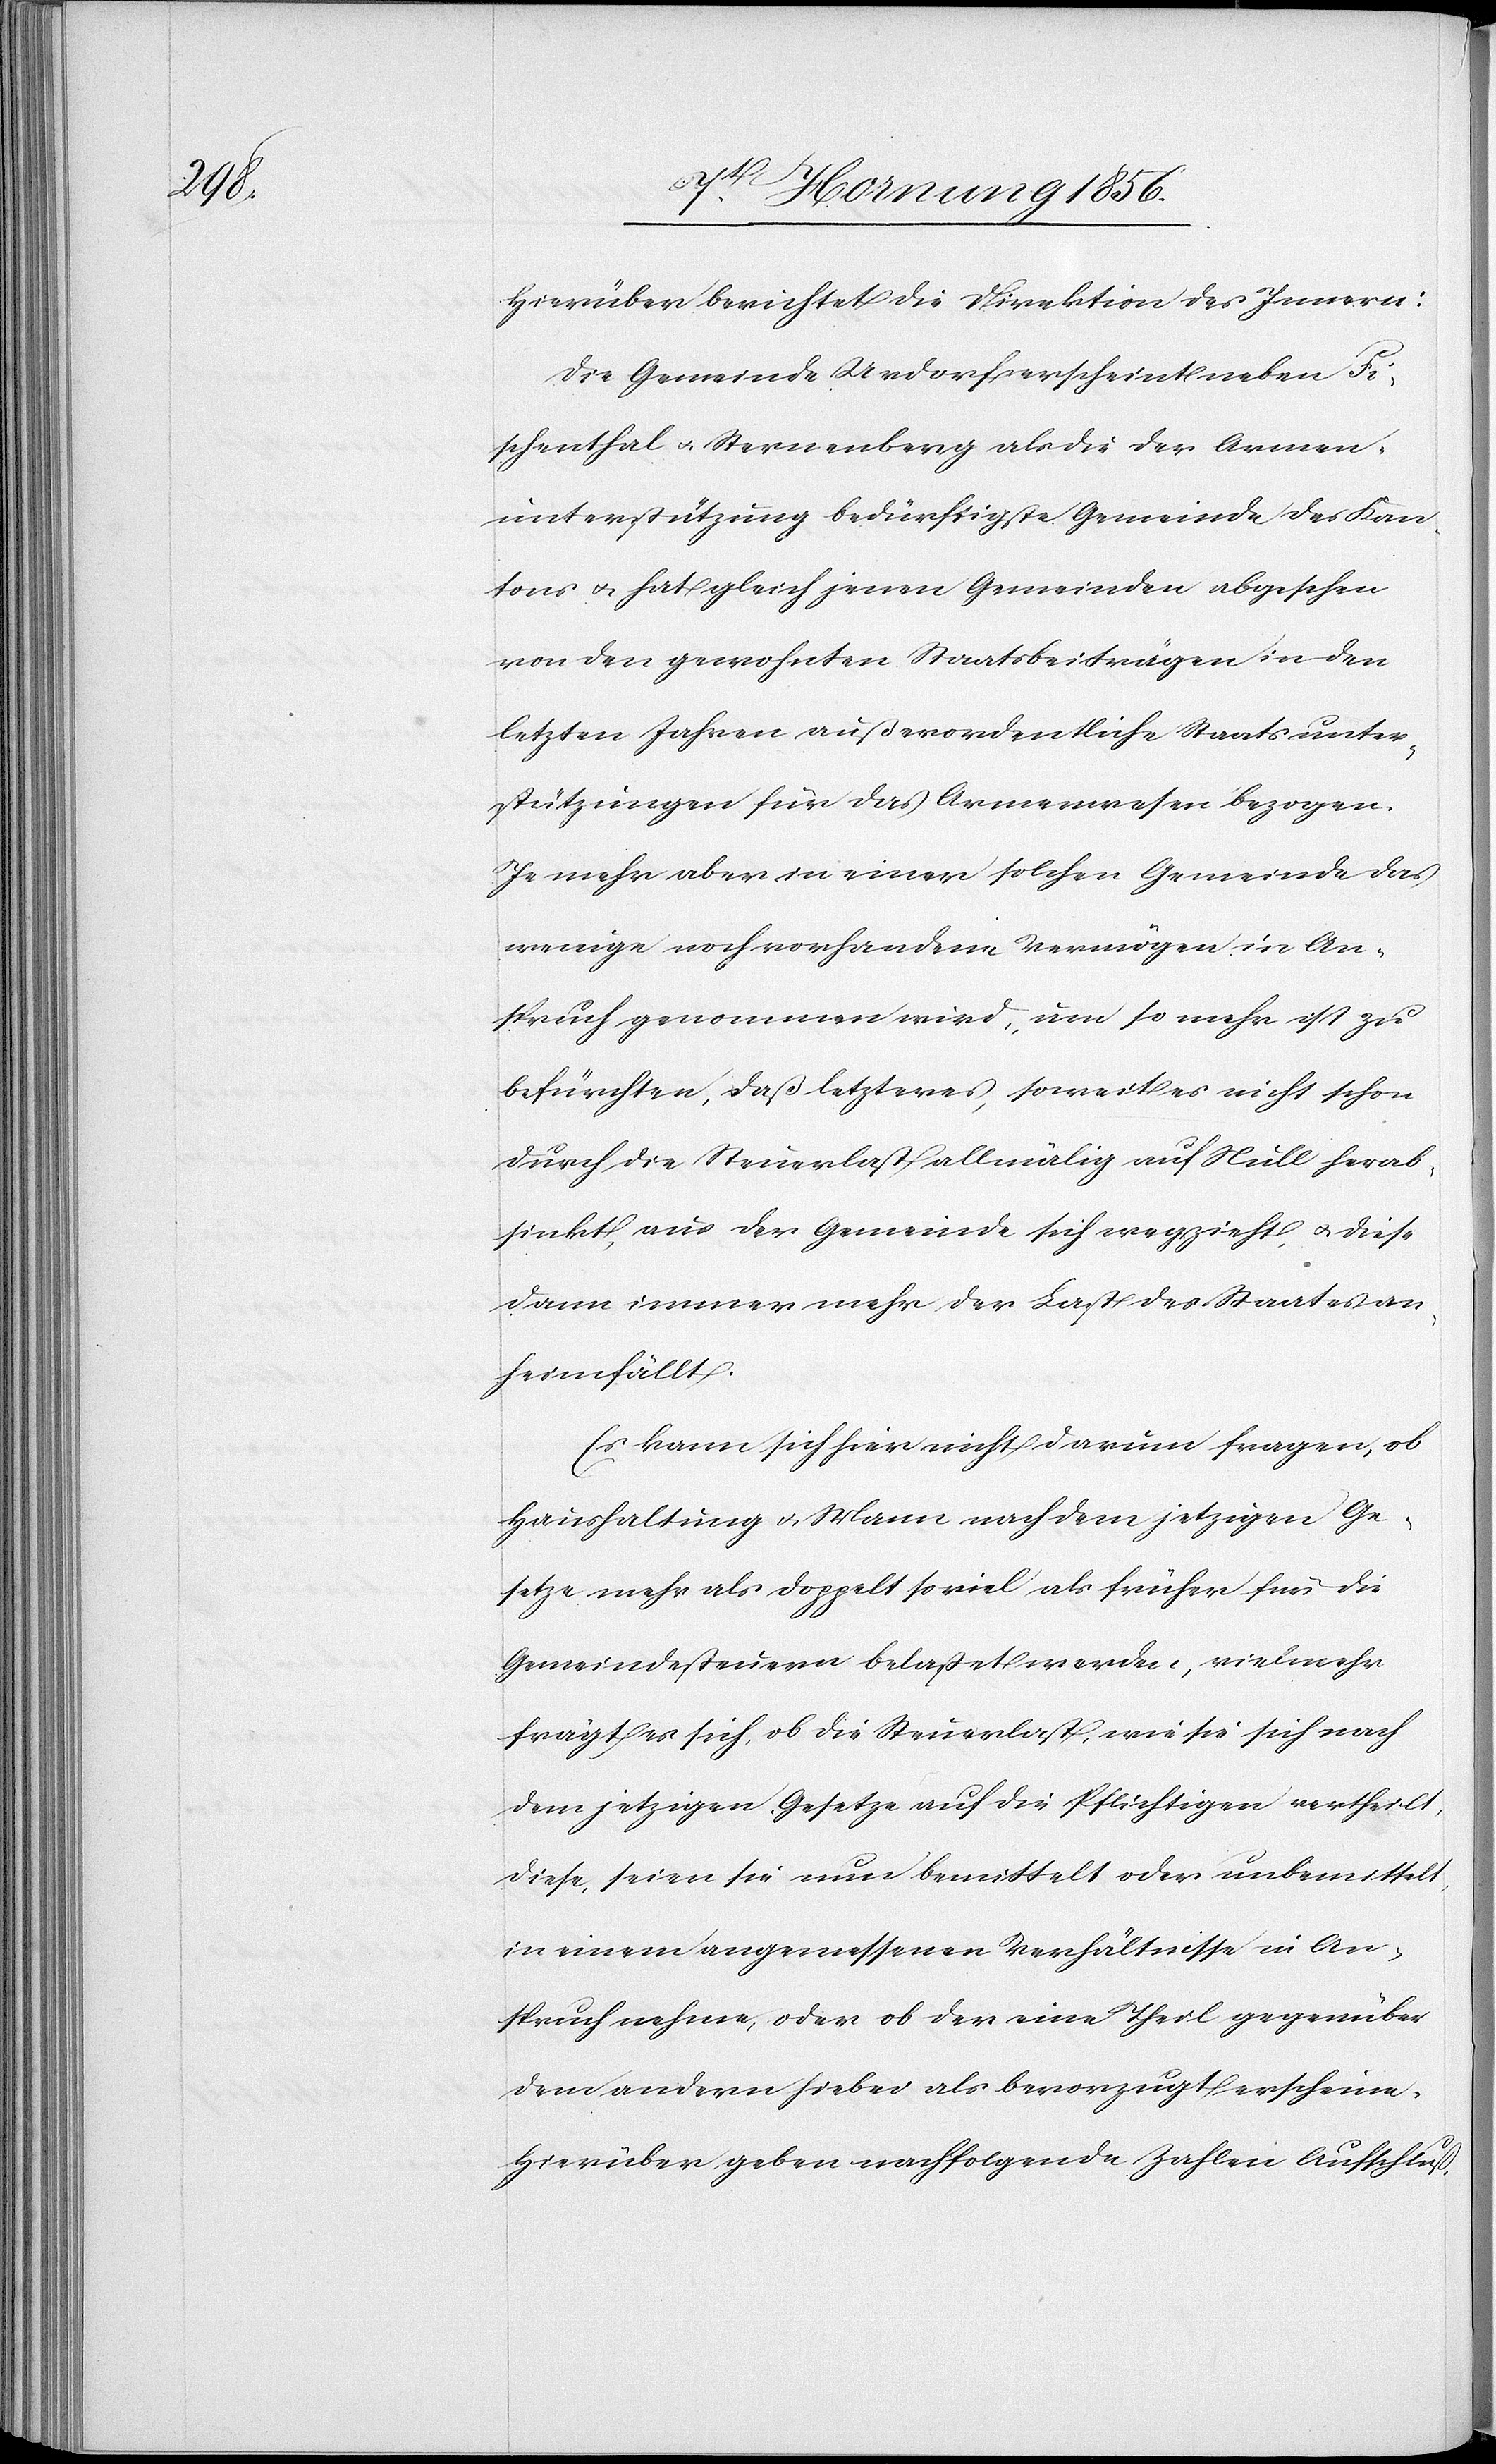
Hierüber berichtet die Direktion des Innern:
Die Gemeinde Urdorf erscheint neben Fi¬
schenthal u. Sternenberg als die der Armen¬
unterstützung bedürftigste Gemeinde des Kan¬
tons u. hat gleich jenen Gemeinden abgesehen
von den gewohnten Staatsbeiträgen in den
letzten Jahren außerordentliche Staatsunter¬
stützungen für das Armenwesen bezogen.
Je mehr aber in einer solchen Gemeinde das
wenige noch vorhandene Vermögen in An¬
spruch genommen wird, um so mehr ist zu
befürchten, daß letzteres, soweit es nicht schon
durch die Steuerlast allmälig auf Null herab¬
sinkt, aus der Gemeinde sich wegzieht u. diese
dann immer mehr der Last des Staates an¬
heim fällt.
Es kann sich hier nicht darum fragen, ob
Haushaltung u. Mann nach dem jetzigen Ge¬
setze mehr als doppelt so viel als früher für die
Gemeindesteuern belastet werde, vielmehr
frägt es sich, ob die Steuerlast, wie sie sich nach
dem jetzigen Gesetze auf die Pflichtigen vertheilt,
diese, seien sie nun bemittelt oder unbemittelt,
in einem angemessenen Verhältnisse in An¬
spruch nehme, oder ob der eine Theil gegenüber
dem andern hiebei als bevorzugt erscheine.
Hierüber geben nachfolgende Zahlen Aufschluß,